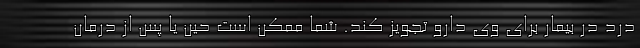
درد در بیمار برای وی دارو تجویز کند. شما ممکن است حین یا پس از درمان